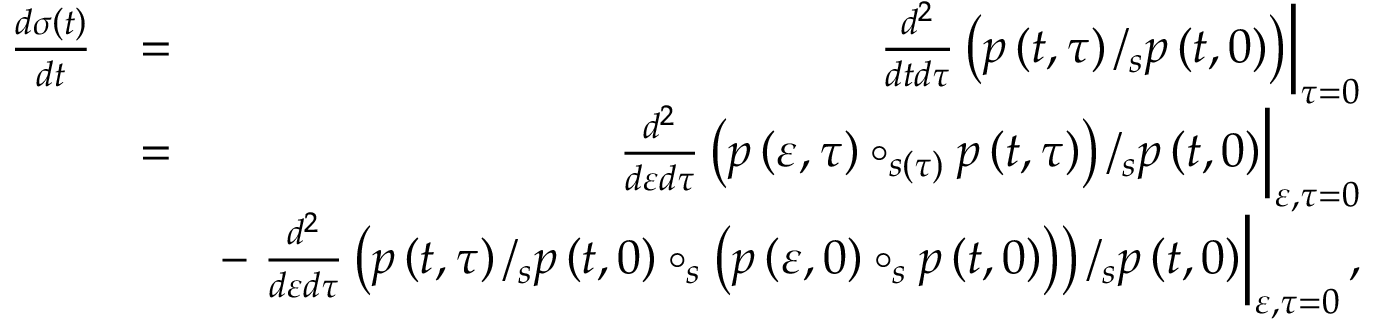
\begin{array} { r l r } { \frac { d \sigma \left( t \right) } { d t } } & { = } & { \left. \frac { d ^ { 2 } } { d t d \tau } \left( p \left( t , \tau \right) / _ { s } p \left( t , 0 \right) \right) \right\vert _ { \tau = 0 } } \\ & { = } & { \left. \frac { d ^ { 2 } } { d \varepsilon d \tau } \left( p \left( \varepsilon , \tau \right) \circ _ { s \left( \tau \right) } p \left( t , \tau \right) \right) / _ { s } p \left( t , 0 \right) \right\vert _ { \varepsilon , \tau = 0 } } \\ & { } & { - \left. \frac { d ^ { 2 } } { d \varepsilon d \tau } \left( p \left( t , \tau \right) / _ { s } p \left( t , 0 \right) \circ _ { s } \left( p \left( \varepsilon , 0 \right) \circ _ { s } p \left( t , 0 \right) \right) \right) / _ { s } p \left( t , 0 \right) \right\vert _ { \varepsilon , \tau = 0 } , } \end{array}